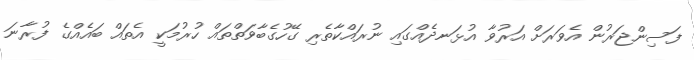
ފަސިންޖަރުން އެވަރަށް އަރުވާ އުޅަނދެއްގައި ނުރައްކާތެރި ގޭހުގެބާވަތްތައް ހުރުމަކީ އެތައް ބައެއްގެ ފުރާނަ